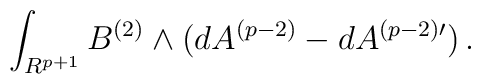
\int_{R^{p+1}}B^{(2)}\wedge (dA^{(p-2)}-dA^{(p-2)\prime})\, .